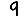
Digit: 9